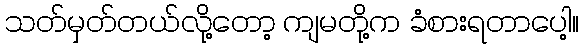
သတ်မှတ်တယ်လို့တော့ ကျမတို့က ခံစားရတာပေါ့။